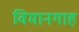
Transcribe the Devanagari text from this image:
विमानगाह